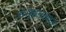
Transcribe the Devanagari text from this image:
समूहनृत्यात